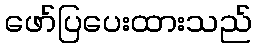
ဖော်ပြပေးထားသည်